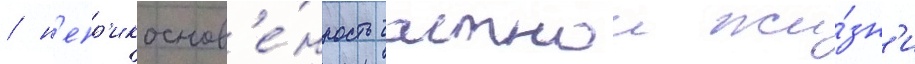
/ н'епр'икоснов'е́нность частнои жи́зн'и